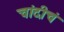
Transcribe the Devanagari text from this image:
चांदीचं